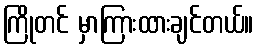
ကြိုတင် မှာကြားထားချင်တယ်။